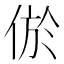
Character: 𰂔